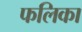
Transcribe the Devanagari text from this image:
फलिका